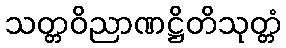
သတ္တဝိညာဏဋ္ဌိတိသုတ္တံ